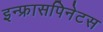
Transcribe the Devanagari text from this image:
इन्फ्रासपिनेटस